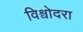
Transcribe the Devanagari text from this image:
विश्वोदरा